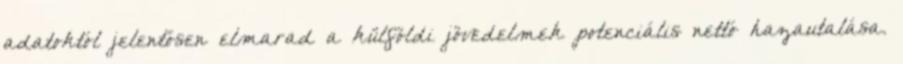
adatoktól jelentősen elmarad a külföldi jövedelmek potenciális nettó hazautalása.